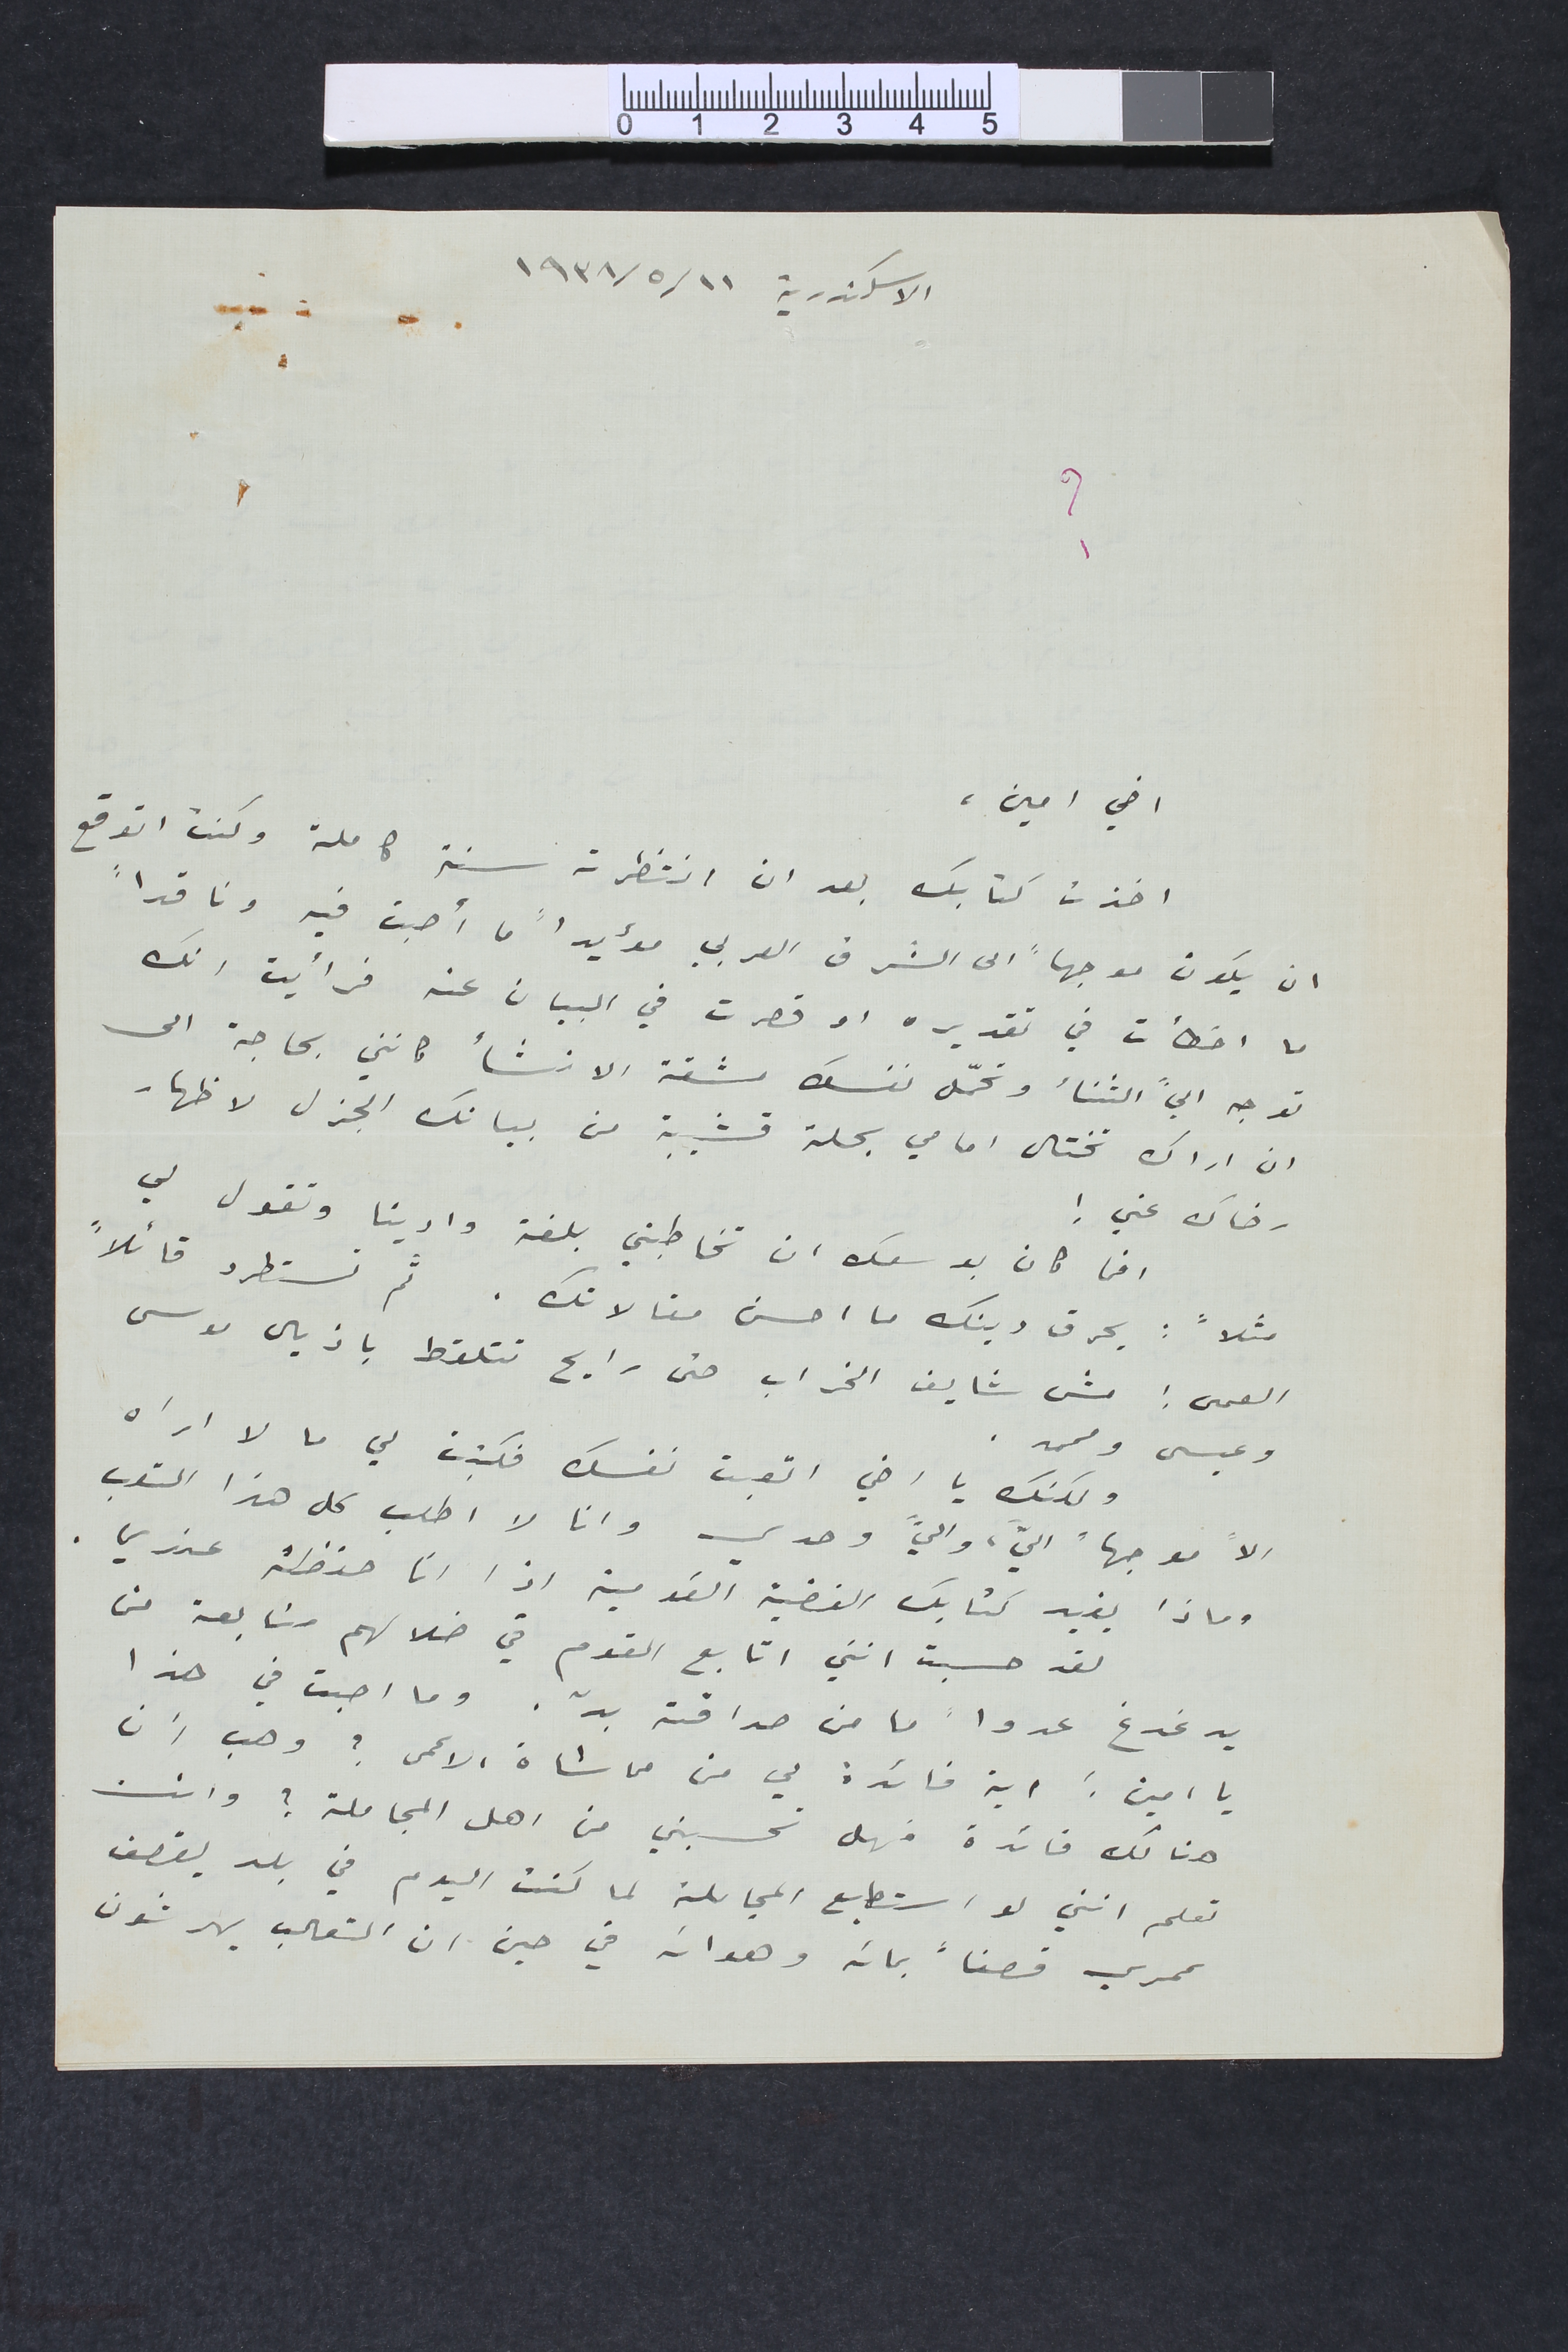
الاسكندرية ١١/ ٥/ ١٩٣٨
اخي امين
اخذت كتابك بعد ان انتظرت سنة كاملة وكنت اتوقع
ان يكون موجها الى الشرق العربي مؤيداً ما أصبت فيه وناقداً
ما اخطأت في تقديره او قصرت في البيان عنه فرأيت انك
توجه اليَّ الثنأ وتحمل نفسك مشقة الانشأ كانني بحاجة الى
 ان اراك تختال امامي بحلة قشيبة من بيانك الجزل لاظهار
رضاك عني!
اخي كان بوسعك ان تخاطبني بلغة وادينا وتقول لي
مثلاً: يحرق دينك ما احسن مقالاتك. ثم تستطرد قائلاً
العمى: مش شايف الخراب حتى رايح تتلقط باذيال موسى

وعيسى ومحمد.
ولكنك يا اخي اتعبت نفسك فكتبت لي ما لا اراه
الاً موجهاً اليَّ، واليَّ وحدي وانا لا اطلب كل هذا التعب
وماذا يفيد كتابك القضية القومية اذا انا حفظته عندي
يدغدغ عدواً ما من صداقته بدّ. وما اصبت في هذا

يا امين: اية فائدة لي من مماشاة الاعمى؟ وهب أن
هناك فائدة فهل تحسبني من اهل المجاملة ؟ وانت
تعلم انني لو استطيع المجاملة لما كنت اليوم في بلد يقصف
عمري قصفاً بمائه وهوائه في حين ان الثعالب يهرشون
لقد حسبت انني اتابع القوم في ضلالهم متابعة من